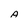
Character: A